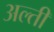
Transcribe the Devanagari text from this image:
अल्ती